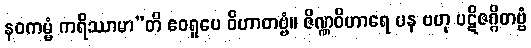
နဝကမ္မံ ကရိဿာမာ”တိ ဧဝရူပေ ဝိဟာတဗ္ဗံ။ ဇိဏ္ဏဝိဟာရေ ပန ဗဟု ပဋိဇဂ္ဂိတဗ္ဗံ